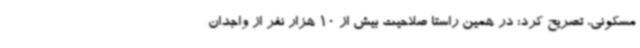
مسکونی، تصریح کرد: در همین راستا صلاحیت بیش از 10 هزار نفر از واجدان